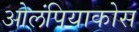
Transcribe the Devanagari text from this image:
ओलंपियाकोस